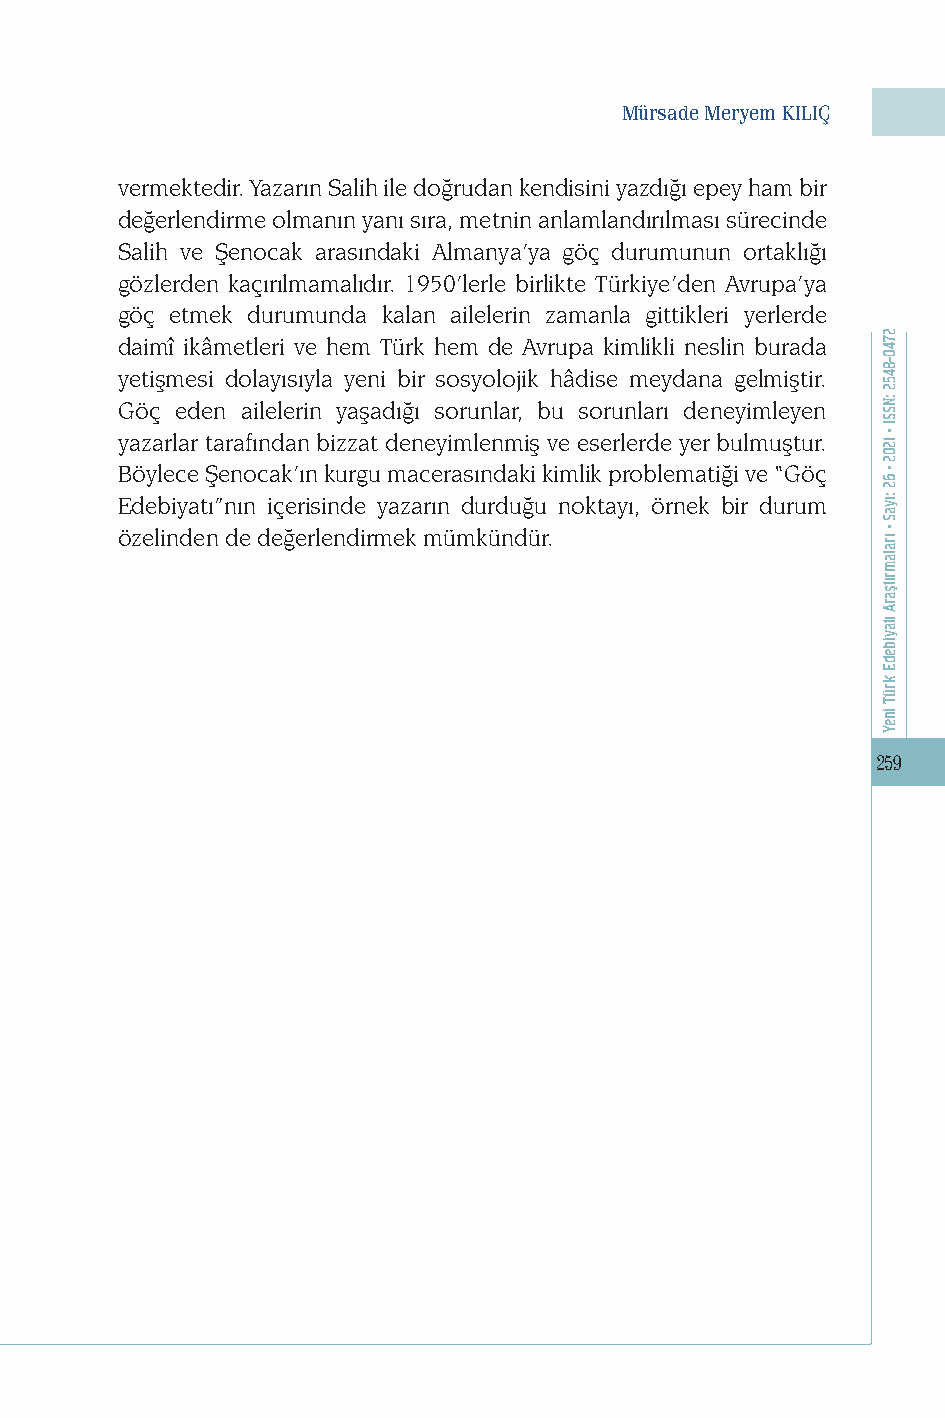
Mürsade Meryem KILIÇ
 vermektedir. Yazarın Salih ile doğrudan kendisini yazdığı epey ham bir
 değerlendirme olmanın yanı sıra, metnin anlamlandırılması sürecinde
 Salih ve Şenocak arasındaki Almanya’ya göç durumunun ortaklığı
 gözlerden kaçırılmamalıdır. 1950’lerle birlikte Türkiye’den Avrupa’ya
 göç etmek durumunda kalan ailelerin zamanla gittikleri yerlerde
 daimî ikâmetleri ve hem Türk hem de Avrupa kimlikli neslin burada
 yetişmesi dolayısıyla yeni bir sosyolojik hâdise meydana gelmiştir.
 Göç eden ailelerin yaşadığı sorunlar, bu sorunları deneyimleyen
 yazarlar tarafından bizzat deneyimlenmiş ve eserlerde yer bulmuştur.
 Böylece Şenocak’ın kurgu macerasındaki kimlik problematiği ve “Göç
 Edebiyatı”nın içerisinde yazarın durduğu noktayı, örnek bir durum
 özelinden de değerlendirmek mümkündür.
 259
 2740-8452
 :NSSI
 • 1202
 •
 62
 :ıyaS
 • ıralamrıtşarA
 ıtayibedE
 krüT
 ineY